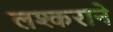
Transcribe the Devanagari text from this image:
लश्कराने